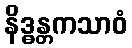
နိဒ္ဓန္တကသာဝံ